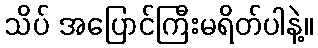
သိပ် အပြောင်ကြီးမရိတ်ပါနဲ့။